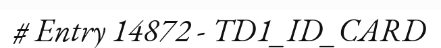
# Entry 14872 - TD1_ID_CARD